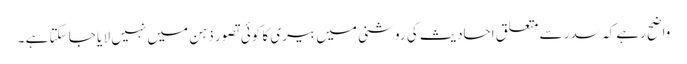
واضح رہے کہ سدر سے متعلق احادیث کی روشنی میں بیری کا کوئی تصور ذہن میں نہیں لا یا جا سکتا ہے ۔